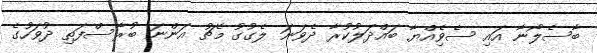
ބާސެލޯނާ އައި ސެވިެއްޔާ ބައްދަލުކުރާ ދެވަނަ ލެގުގު މެޗު އަންނަ ބުރާސްފަތި ދުވަހުގެ